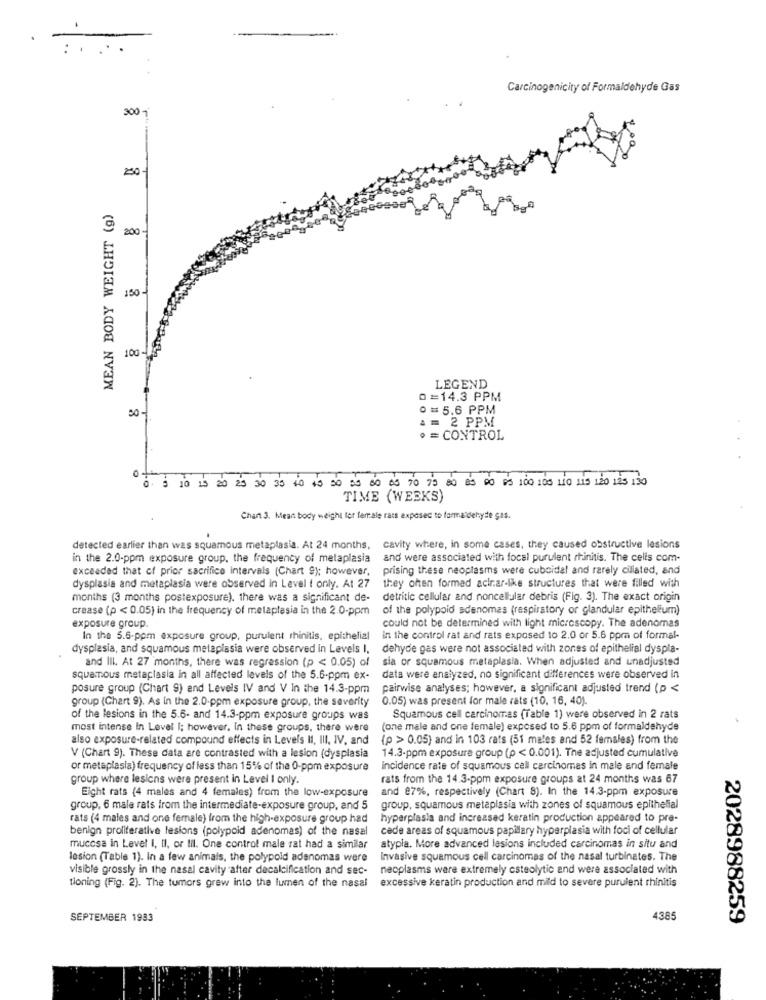
Carcinogenicity of Formaldehyde Gas
300 1
250
MEAN BODY WEIGHT (g)
200 -
150 -
100 -
LEGEND
0=14.3 PPM
0 = 5.6 PPM
50-
A = 2 PPM
· = CONTROL
15 20 25 3
35 40 45 20 00 00 05 70 79 80 85 00 05 100 100 110 LIS 120 195 130
6. 3 10
TIME (WEEKS)
Chant 3. Mean body weight for female rass exposed to formaldehyde gas.
detected earlier than was squamous metaplasia. At 24 months, cavity where, in some cases, they caused obstructive lesions
in the 2.0-ppm exposure group, the frequency of metaplasia and were associated with focal purulent rhinitis. The celis com-
exceeded that of prior sacrifice Intervals (Chart 9); however,
prising these neoplasms were cuboidal and rarely ciliated, and
dysplasia and metaplasia were observed in Level t only. At 27
they often formed acirar-like structures that were filled with
months (3 months postexposure). there was a significant de-
detritic cellular and noncellular debris (Fig. 3). The exact origin
crease (p < 0.05) in the frequency of metaplasia in the 2.0-ppm
of the polypoid scenomas (respiratory or glandular epithelium)
could not be determined with light microscopy. The adenomas
exposure group.
In the 5.5-ppm exposure group, purulent rhinitis, epithelial
in the control rat and rats exposed 10 2.0 or 5.6 ppm of formal-
dysplasia, and squamous metaplasia were observed in Levels I,
dehyde gas were not associated with zones of epithelial dyspla-
and III. At 27 months, there was regression (p < 0.05) of
sia or squamous metaplasia. When adjusted and unadjusted
squamous metaplasia in all affected levels of the 5.6-ppm ex-
data were analyzed, no significant differences were observed in
posure group (Chart 9) and Levels IV and V In the 14.3-ppm
pairwise analyses; however, a significant adjusted trend (p <
group (Chart 9). As In the 2.0 ppm exposure group, the severity
0.05) was present for male rats (10, 16, 40).
of the lesions in the 5.6- and 14.3-ppm exposure groups was
Squamous cell carcinomas (Table 1) were observed in 2 rats
most intense In Level I; however, in these groups, there were
(one male and one female) exposed to 5.6 ppm of formaldehyde
also exposure-related compound effects in Levels II, III, IV, and
{p > 0.05) and in 103 rats (51 males and 52 females) from the
14.3-ppm exposure group (p < 0.001). The adjusted cumulative
V (Chart 9). These data are contrasted with a lesion (dysplasia
or metaplasia) frequency of less than 15% of the 0-ppm exposure
Incidence rate of squamous cell carcinomas in male and female
group where lesions were present in Level I only.
rats from the 14.3-ppm exposure groups at 24 months was 67
Eight rats (4 males and 4 females) from the low-exposure
and 87%, respectively (Chart 8). In the 14.3-ppm exposure
group, 6 male rats from the intermediate-exposure group, and 5
group, squamous metaplasia with zones of squamous epithelial
rats (4 males and one female) from the high-exposure group had
hyperplasia and increased keratin production appeared to pre-
benign proliferative lesions (polypoid adenomas) of the nasal
cede areas of squamous papillary hyperplasia with foci of cellular
mucosa in Level I, II, or til. One control male rat had a similar
atypla. More advanced lesions included carcinomas in situ and
lesion (Table 1). In a few animals, the polypold adenomas were
Invasive squamous cell carcinomas of the nasal turbinates. The
visible grossly in the nasal cavity after decalcification and sec-
neoplasms were extremely esteolytic and were associated with
excessive keratin production and mild to severe purulent rhinitis
tioning (Fig. 2). The tumors grew into the lumen of the nasal
SEPTEMBER 1983
4385
2028988259